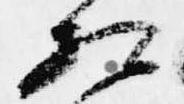
相